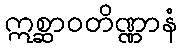
ဣစ္ဆာဝတိဏ္ဏာနံ